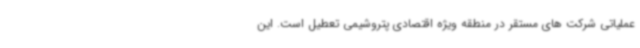
عملیاتی شرکت های مستقر در منطقه ویژه اقتصادی پتروشیمی تعطیل است. این